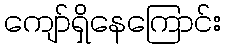
ကျော်ရှိနေကြောင်း